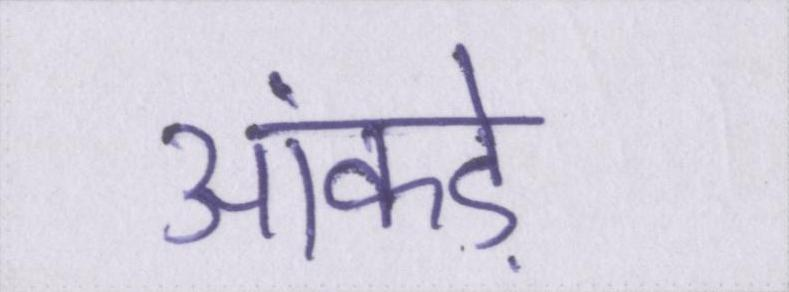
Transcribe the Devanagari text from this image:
आंकड़े